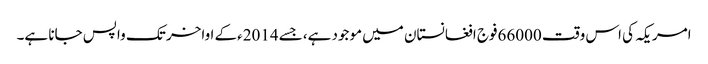
امریکہ کی اس وقت 66000فوج افغانستان میں موجود ہے،جسے 2014ءکے اواخر تک واپس جانا ہے۔